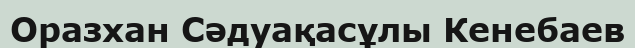
Оразхан Сәдуақасұлы Кенебаев